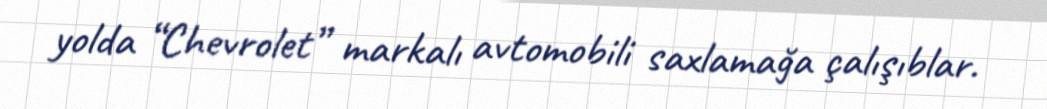
yolda “Chevrolet” markalı avtomobili saxlamağa çalışıblar.